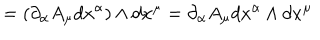
= ( \partial _ { \alpha } A _ { \mu } d x ^ { \alpha } ) \wedge d x ^ { \mu } = \partial _ { \alpha } A _ { \mu } d x ^ { \alpha } \wedge d x ^ { \mu }